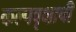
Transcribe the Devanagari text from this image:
कल्पवृक्षाची